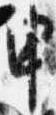
申